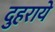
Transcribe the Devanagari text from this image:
दुहराये